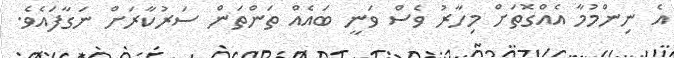
އެ ނިންމުމާ އެއްގޮތަށް މިހާރު ވެސް ވަނީ ބައެއް ތަންތަން ސަރުކާރަށް ނަގާފައެވެ.